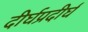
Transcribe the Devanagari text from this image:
दीर्घप्रदीर्घ